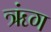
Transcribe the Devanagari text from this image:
ॠंग